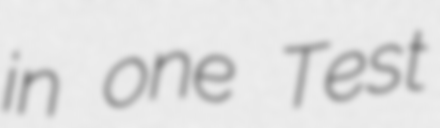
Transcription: in one Test